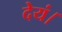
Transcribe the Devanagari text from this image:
देयं।